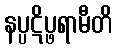
နပ္ပဋိပ္ဖရာမီတိ